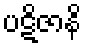
ပဋိဇာနိ